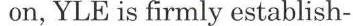
on, YLE is firmly establish-